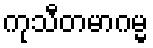
ကုသီတမာဂမ္မ